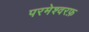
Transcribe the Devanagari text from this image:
परमेश्वरफ़